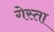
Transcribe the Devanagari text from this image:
गेस्ता